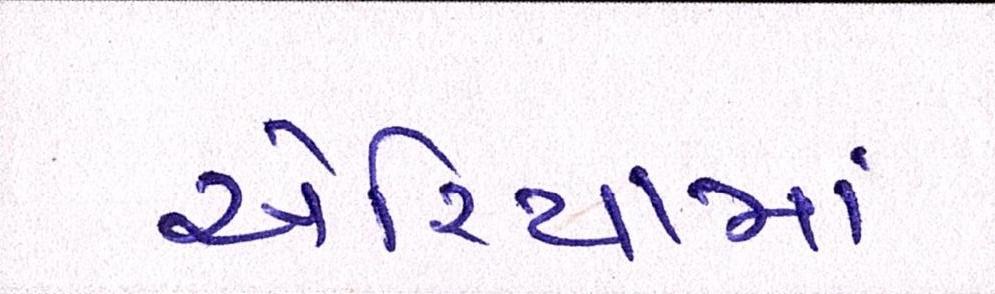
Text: એરિયામાં